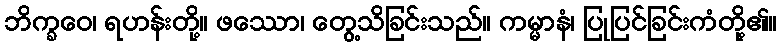
ဘိက္ခဝေ၊ ရဟန်းတို့။ ဖဿော၊ တွေ့သိခြင်းသည်။ ကမ္မာနံ၊ ပြုပြင်ခြင်းကံတို့၏။